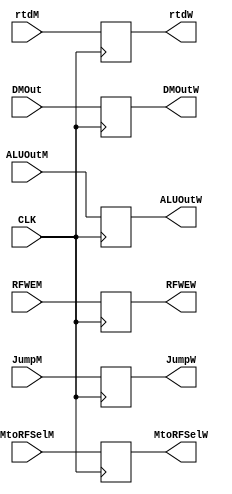
`timescale 1ns / 1ps
//////////////////////////////////////////////////////////////////////////////////
// Company: 
// Engineer: 
// 
// Design Name: 
// Module Name: WRITEBACK
// Project Name: 
// Target Devices: 
// Tool Versions: 
// Description: 
// 
// Dependencies: 
// 
// Revision:
// Revision 0.01 - File Created
// Additional Comments:
// 
//////////////////////////////////////////////////////////////////////////////////


module WRITEBACK(
input CLK,
input [31 : 0] ALUOutM,
input [31 : 0] DMOut,
input [4 : 0] rtdM,

input RFWEM,MtoRFSelM,JumpM,

output reg [31 : 0] ALUOutW,
output reg [31 : 0] DMOutW,
output reg [4 : 0] rtdW,

output reg RFWEW,MtoRFSelW,JumpW
    );
    
    initial begin
        ALUOutW <= 32'b0;
        DMOutW <= 32'b0;
        rtdW <= 5'b0;
        
        RFWEW <= 1'b0;
        MtoRFSelW <= 1'b0;
        JumpW <= 1'b0;
    end
    
    always @(posedge CLK) begin
        ALUOutW <= ALUOutM;
        DMOutW <= DMOut;
        rtdW <= rtdM;
        
        RFWEW <= RFWEM;
        MtoRFSelW <= MtoRFSelM;
        JumpW <= JumpM;
    end
    
    
endmodule